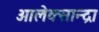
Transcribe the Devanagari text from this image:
आलेक्सान्द्रा